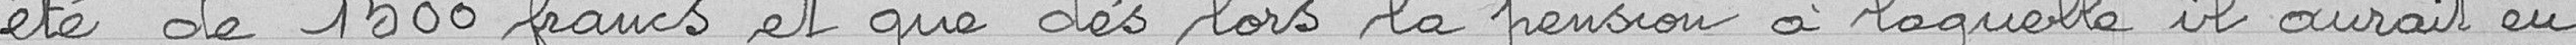
été de 1500 francs et que dès lors la pension à laquelle il aurait eu